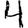
Digit: 4